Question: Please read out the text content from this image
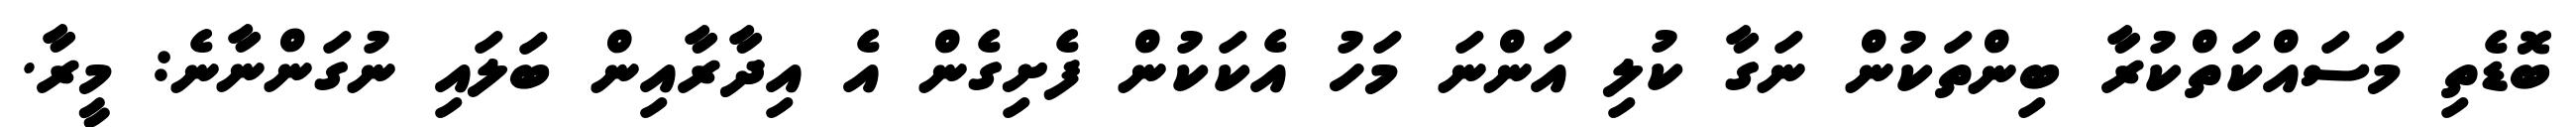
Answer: ބޮޑެތި މަސައްކަތްކުރާ ބިންތަކުން ނަގާ ކުލި އަންނަ މަހު އެކަކުން ފެށިގެން އެ އިދާރާއިން ބަލައި ނުގަންނާނެ: މީރާ.